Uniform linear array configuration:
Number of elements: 32
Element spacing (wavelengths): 0.5
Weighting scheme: exponential
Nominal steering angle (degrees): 0
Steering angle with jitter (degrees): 0.9739
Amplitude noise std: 0.05
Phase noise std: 0.05

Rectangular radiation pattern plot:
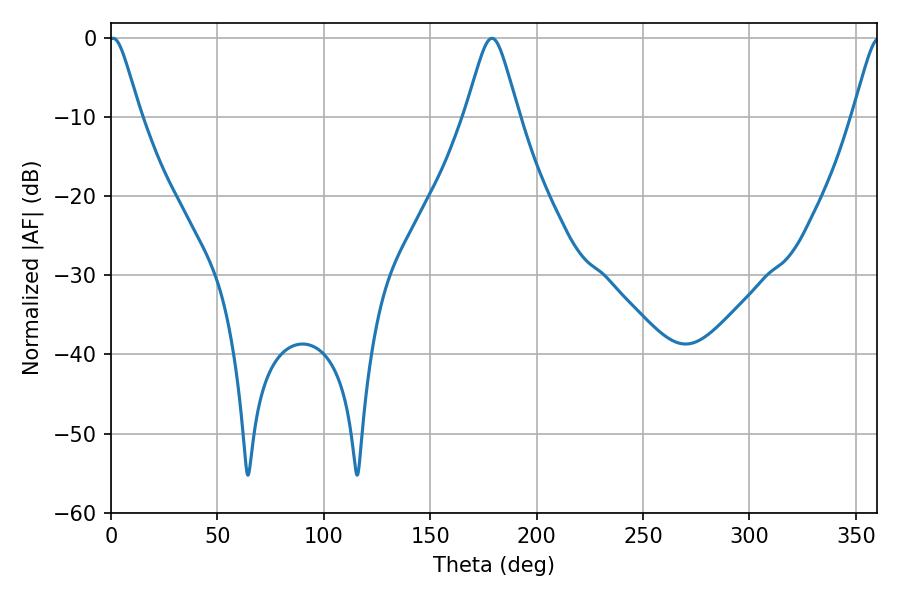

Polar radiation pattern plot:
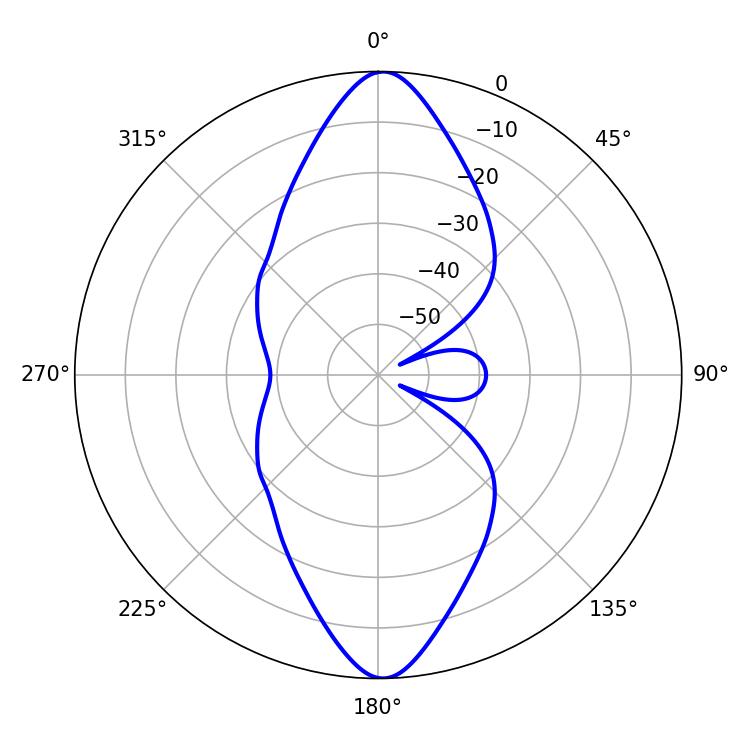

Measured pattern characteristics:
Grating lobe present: FALSE
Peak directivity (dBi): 22.794
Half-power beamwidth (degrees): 7.02
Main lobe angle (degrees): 1.08